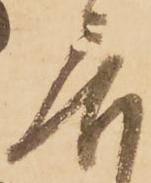
居